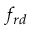
f _ { r d }